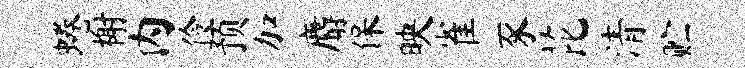
蜷榭内伶预加麝保映雀豕芘清贮